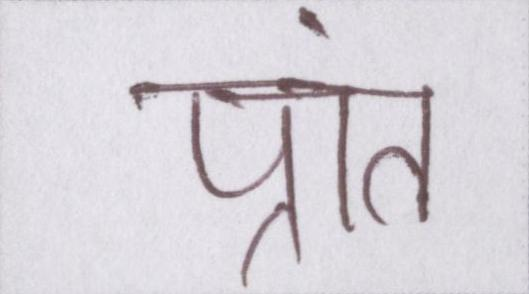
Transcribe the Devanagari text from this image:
प्रांत